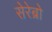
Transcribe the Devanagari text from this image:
सेरेब्रो